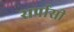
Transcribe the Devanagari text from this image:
सर्पासी